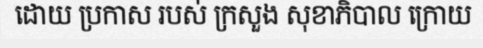
ដោយ ប្រកាស របស់ ក្រសួង សុខាភិបាល ក្រោយ